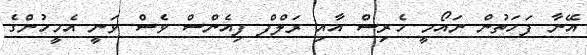
އޭނާ ފަހަތުން ނައޯމީ ހެރިސް އާއި ރަލްފް ފިއެންސް ވެސް ވަނީ އެމީހުންގެ